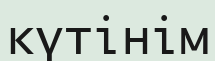
күтінім